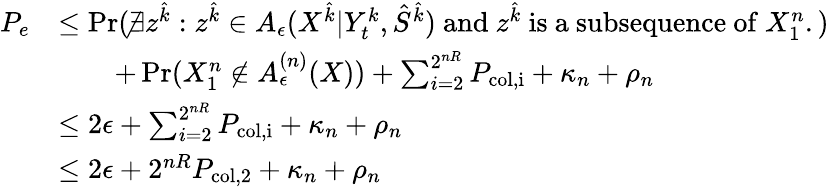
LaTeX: \begin{array}{rl}{P_{e}}&{\le\operatorname*{Pr}(\nexists{z}^{\hat{k}}:{z}^{\hat{k}}\in A_{\epsilon}(X^{\hat{k}}|Y_{t}^{k},\hat{S}^{\hat{k}})\mathrm{~and~}{z}^{\hat{k}}\mathrm{~is~a~subsequence~of~}X_{1}^{n}.)}\\ &{\qquad+\operatorname*{Pr}(X_{1}^{n}\notin A_{\epsilon}^{(n)}(X))+\sum_{i=2}^{2^{nR}}P_{\mathrm{col,i}}+\kappa_{n}+\rho_{n}}\\ &{\le 2\epsilon+\sum_{i=2}^{2^{nR}}P_{\mathrm{col,i}}+\kappa_{n}+\rho_{n}}\\ &{\le 2\epsilon+2^{nR}P_{\mathrm{col,2}}+\kappa_{n}+\rho_{n}}\end{array}